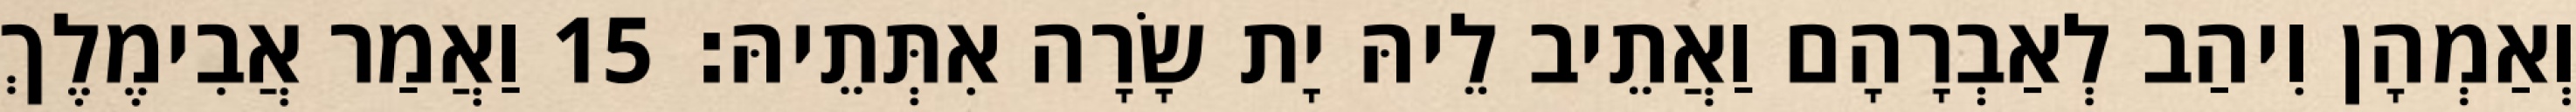
וְאַמְהָן וִיהַב לְאַבְרָהָם וַאֲתֵיב לֵיהּ יָת שָׂרָה אִתְּתֵיהּ׃ 15 וַאֲמַר אֲבִימֶלֶךְ